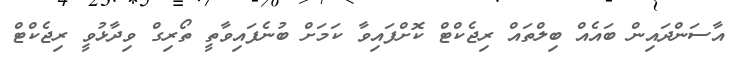
އާސަންދައިން ބައެއް ބިލްތައް ރިޖެކްޓް ކޮށްފައިވާ ކަމަށް ބުނެފައިވާތީ ތޯރިގް ވިދާޅުވީ ރިޖެކްޓް